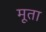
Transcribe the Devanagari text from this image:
मूता